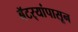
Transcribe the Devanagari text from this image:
बॅटर्‍यांपासून